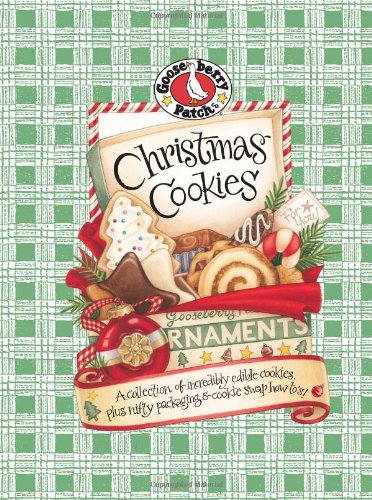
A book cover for Christmas Cookies Cookbook (Seasonal Cookbook Collection); Gooseberry Patch; Cookbooks, Food & Wine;